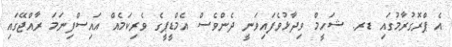
އެ ޕްރޮގުރާމުގައި ޑރ. ޝަހީމް ވިދާޅުވެފައިވަނީ ދެންވެސް އެމްޑީޕީގެ ވެރިކަމެއް އައިސްފިނަމަ ރާއްޖޭގައި